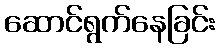
ဆောင်ရွက်နေခြင်း